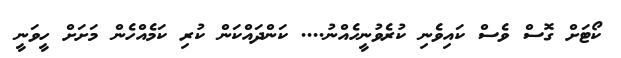
ކޯޓަށް ގޮސް ވެސް ކައިވެނި ކުރެވުނީހެއްނު.... ކަންދައްކަން ކުރި ކަމެއްހެން މަށަށް ހީވަނީ